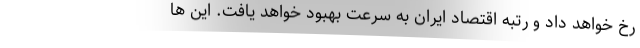
رخ خواهد داد و رتبه اقتصاد ایران به سرعت بهبود خواهد یافت. این ها